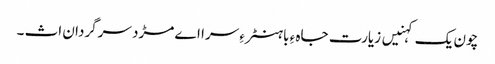
چون یک کہنیں زیارت جاہ ءِ باہنٹر ءِ سرا اے مڑد سرگردان اث ۔